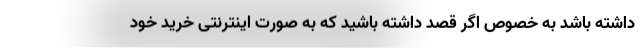
داشته باشد به خصوص اگر قصد داشته باشید که به صورت اینترنتی خرید خود